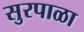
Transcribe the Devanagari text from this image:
सुरपाळा